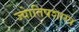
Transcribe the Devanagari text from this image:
ज्याेतिषशास्त्र